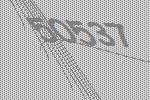
50537